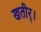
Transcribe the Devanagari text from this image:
खतीर्।